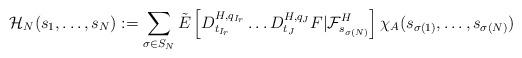
LaTeX: \begin{align*}\mathcal H_N(s_1,\ldots,s_N):=\sum_{\sigma\in S_N}\tilde{E}\left[D_{t_{I_r}}^{H,q_{I_r}}\ldots D_{t_J}^{H,q_J}F|\mathcal{F}_{s_{\sigma(N)}}^{H}\right]\chi_{A}(s_{\sigma(1)},\ldots,s_{\sigma(N)})\end{align*}